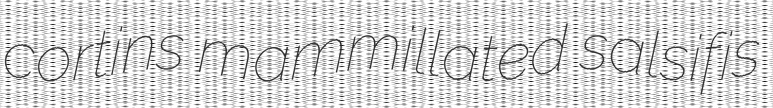
cortins mammillated salsifis